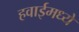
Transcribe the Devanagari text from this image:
हवाईमध्ये